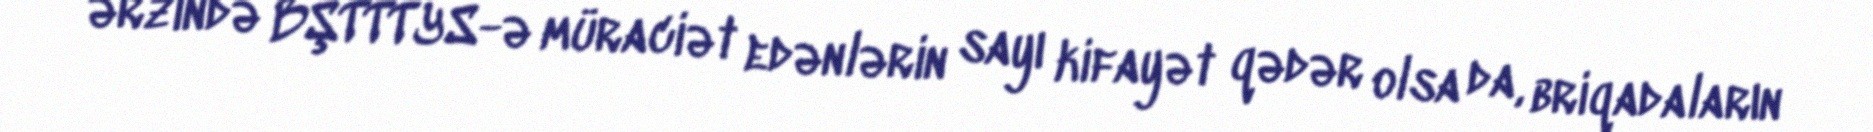
ərzində BŞTTTYS-ə müraciət edənlərin sayı kifayət qədər olsa da, briqadaların